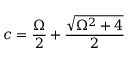
c = \frac { \Omega } { 2 } + \frac { \sqrt { \Omega ^ { 2 } + 4 } } { 2 }